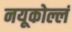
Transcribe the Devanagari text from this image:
नयूकोल्लं